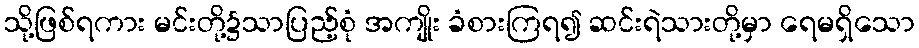
သို့ဖြစ်ရကား မင်းတို့၌သာပြည့်စုံ အကျိုး ခံစားကြရ၍ ဆင်းရဲသားတို့မှာ ရေမရှိသော